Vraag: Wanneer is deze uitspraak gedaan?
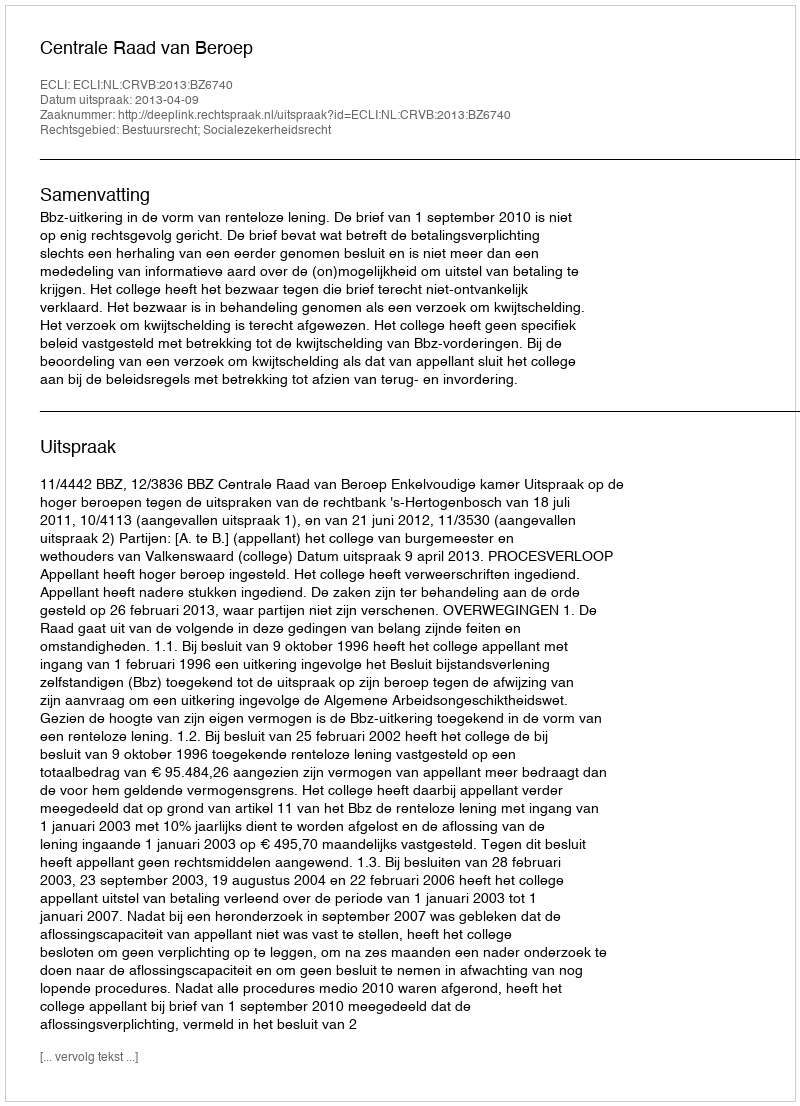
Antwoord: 2013-04-09